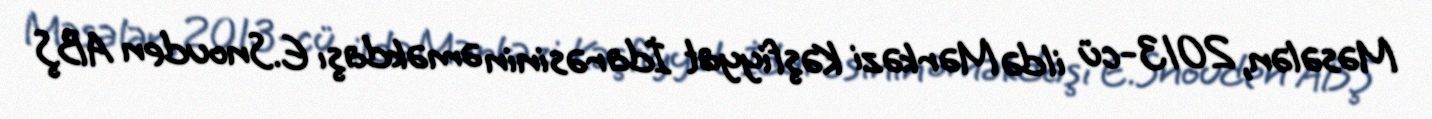
Məsələn, 2013-cü ildə Mərkəzi Kəşfiyyat İdarəsinin əməkdaşı E.Snouden ABŞ